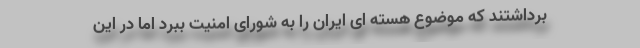
برداشتند که موضوع هسته ای ایران را به شورای امنیت ببرد اما در این